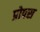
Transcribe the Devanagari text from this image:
प्रोपस